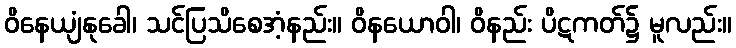
ဝိနေယျံနုခေါ၊ သင်ပြသိစေအံ့နည်း။ ဝိနယောဝါ၊ ဝိနည်း ပိဋကတ်၌ မူလည်း။